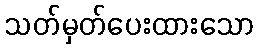
သတ်မှတ်ပေးထားသော